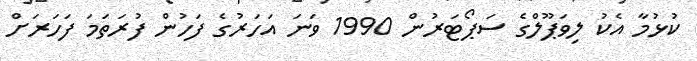
ކުޅުމާ އެކު ލިވަޕޫލްގެ ސަޕޯޓަރުން 1990 ވަނަ އަހަރުގެ ފަހުން ފުރަތަމަ ފަހަރަށް